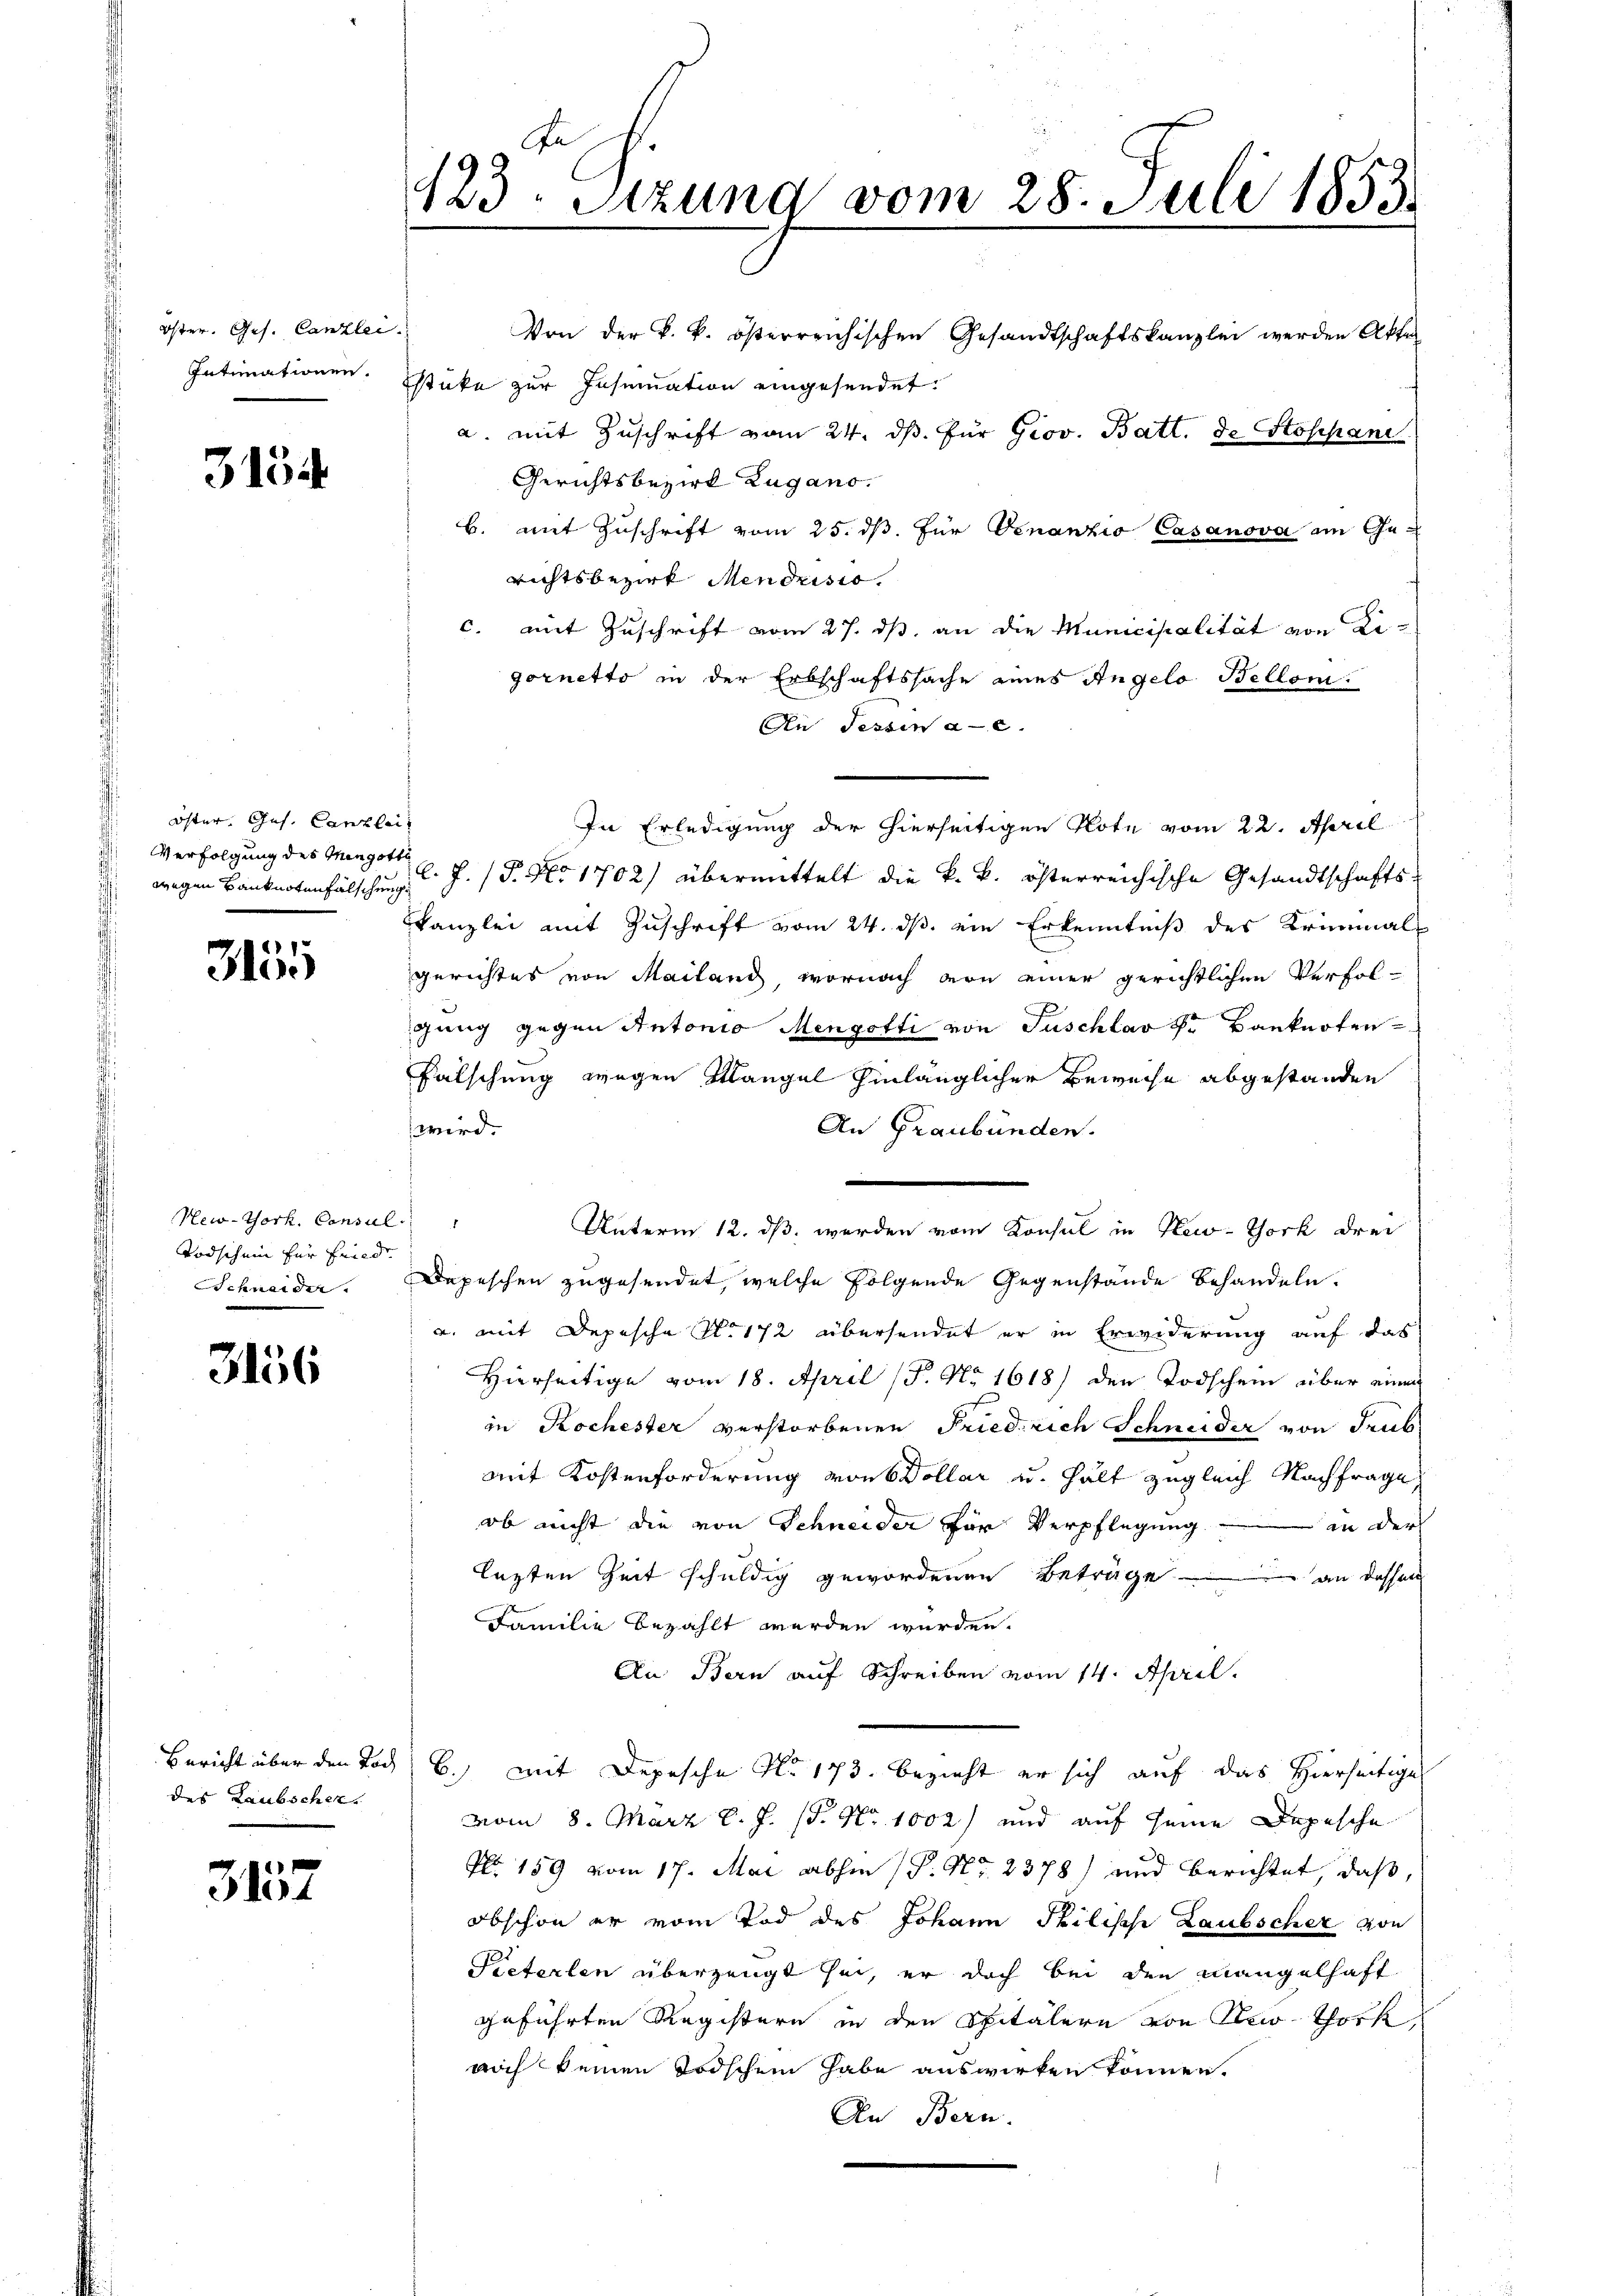
Öster. Ges. Canzlei.
Intimationen.

3134

Öster. Ges. Canzlei
Verfolgung des Mengotte

3155

New-York, Consul
Todschein für Fried
SSchneider.

3156

des Laubschen.

1
3101

123. Sitzung vom 28. Juli 1853

Von der k. k. österreichischen Gesandtschaftskanzlei werden Akte
stüke zur Insinuation eingesendet.
a. mit Zuschrift vom 24. ds. für Prov. Batt. d. Stossiani
Gerichtsbezirk Zugano.
B. mit Zuschrift vom 25. dß. Für Vinanzio Casanova am Gerichtsbezirk Mendrisis.
c. mit Zuschrift vom 27. ds. an die Municipalität von Eigornetto in der Erbschaftssache eines Angelo Bellom
An Tessin a. c.
In Erledigung der hierseitigen Note vom 22. April
 wegen Banknotenfälschen d. J. P. No 1702) übermittelt die k. k. österreichische Gesandtschafts-
Kkanzlei mit Zuschrift vom 24. ds. ein Erkenntniß des Kriminals
gerichtes von Mailand, wornach von einer gerichtlichen Verfolgung gegen Antonio Mengotti von Tuschlav kr Banknoten
Falschung wegen Klangel hinlänglicher Beweise abgestanden
wird.
An Graubünden.
Unterm 12. ds werden vom Konsul in New-York drei
Depeschen zugesendet, welche folgende Gegenstände behandeln.
u. mit Depesche No 172 übersendet er in Erwiderung auf das
Hierseitige vom 18. April (P. Nr. 1618) den Todschein über einen
in Kochester verstorbenen Friedrich Schneider von Trub
mit Kostenforderung von Dollar u. hält zugleich Nachfrage
ob nicht die von Schneider für Verpflegung.
 an der
lezten Zeit schuldig gewordenen Beträge an dessen
Familie bezahlt werden wurden.
An Bern auf Schreiben vom 14. April.
Bericht über den Tod b.) mit Depesche No. 173. bezieht er sich auf das Hierseitige
vom 8. März l. J. 18. No 1002) und auf seine Depesche
Plo 159 vom 17. Mai abhin (P. Nr. 2378) und berichtet, daß,
obschon er vom Tod des Johann Philische Laubscher von
Pieterlen überzeugt sei, er doch bei den Mangelhaft
geführten Registern in den Spitälern von Sei thork
noch keinen Todschen habe auswirken können.
An Bern.